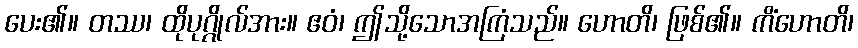
ပေး၏။ တဿ၊ ထိုပုဂ္ဂိုလ်အား။ ဧဝံ၊ ဤသို့သောအကြံသည်။ ဟောတိ၊ ဖြစ်၏။ ကိံဟောတိ၊